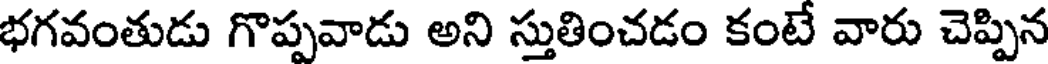
భగవంతుడు గొప్పవాడు అని స్తుతించడం కంటే వారు చెప్పిన